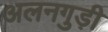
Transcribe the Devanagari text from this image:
अलनगुड़ी